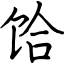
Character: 饸